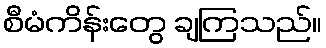
စီမံကိန်းတွေ ချကြသည်။